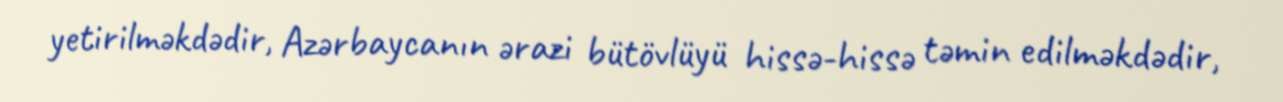
yetirilməkdədir, Azərbaycanın ərazi bütövlüyü hissə-hissə təmin edilməkdədir,